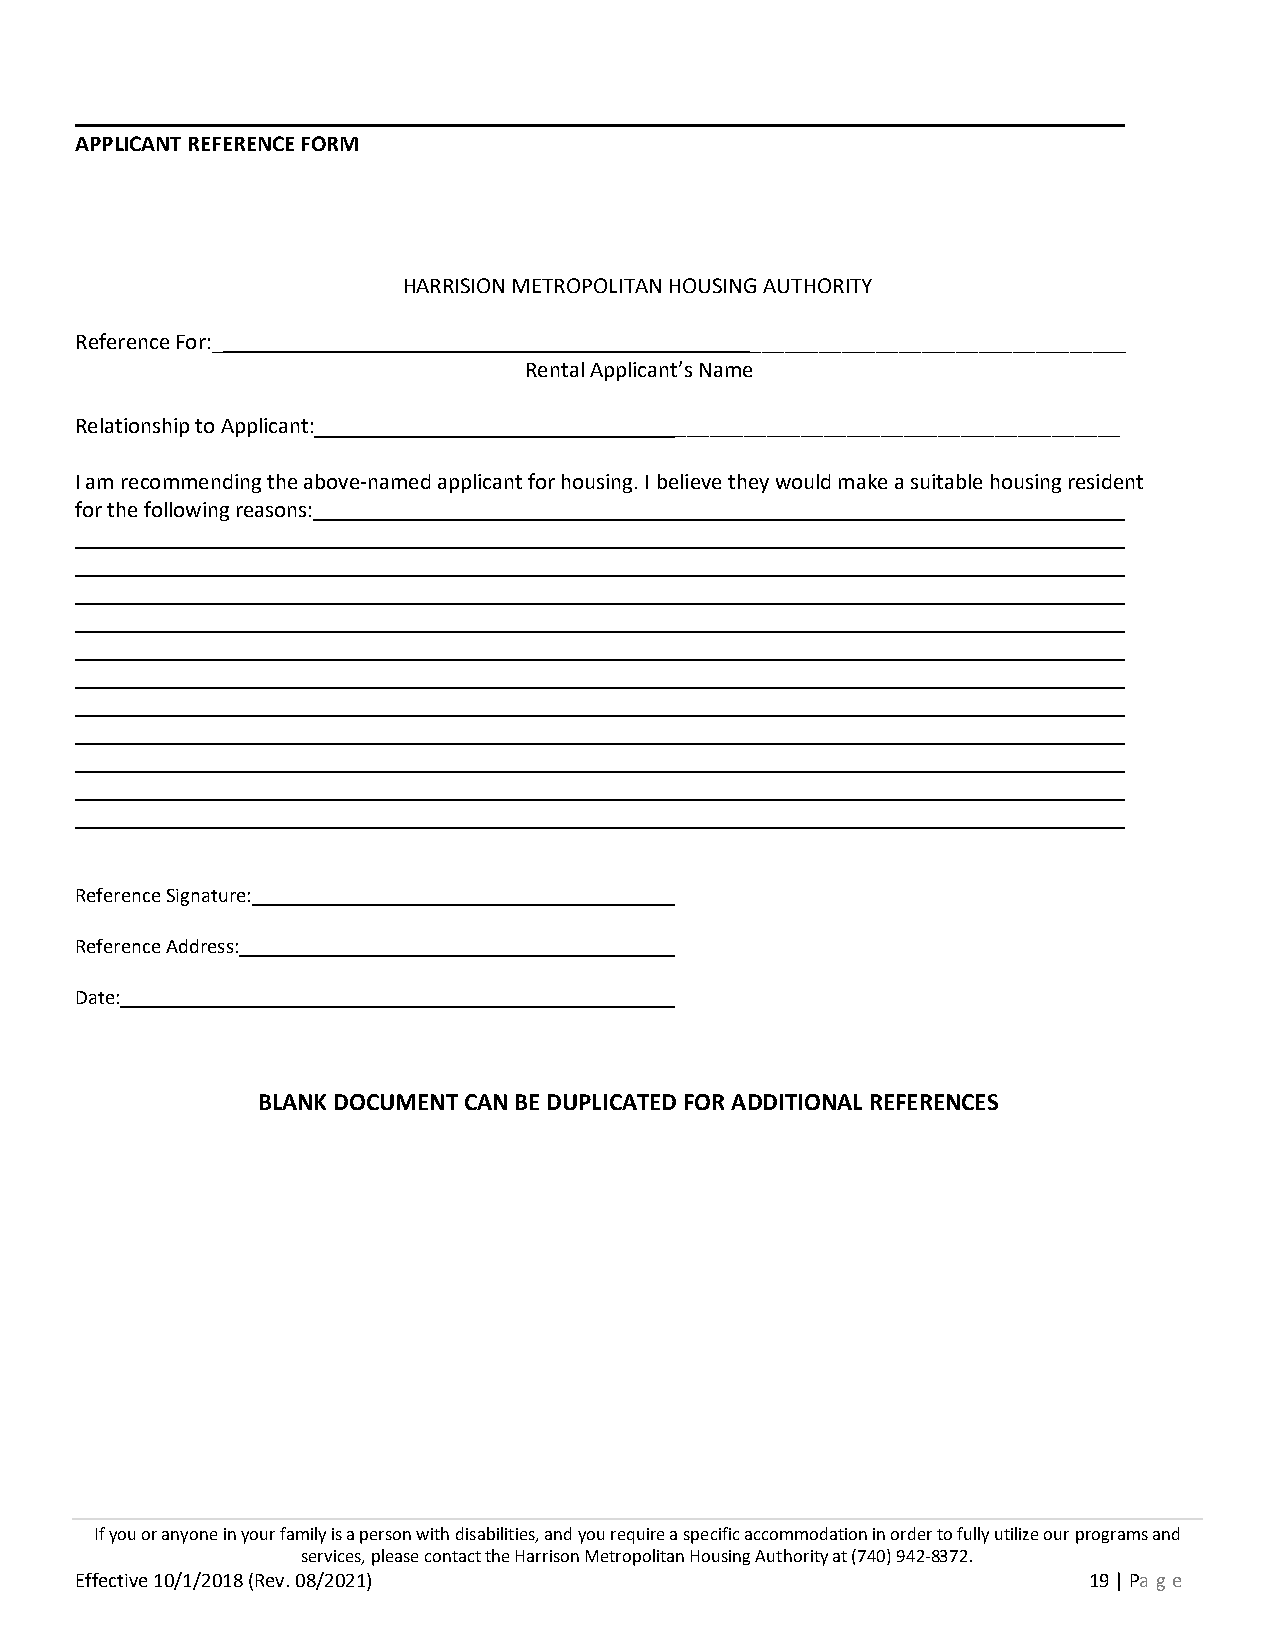
APPLICANT REFERENCE FORM
 HARRISION METROPOLITAN HOUSING AUTHORITY
 Reference For:_                              _________________________________
 Rental Applicant’s Name
 Relationship to Applicant:              _______________________________________
 I am recommending the above-named applicant for housing. I believe they would make a suitable housing resident
 for the following reasons:
 Reference Signature:
 Reference Address:
 Date:
 BLANK DOCUMENT CAN BE DUPLICATED FOR ADDITIONAL REFERENCES
 If you or anyone in your family is a person with disabilities, and you require a specific accommodation in order to fully utilize our programs and
 services, please contact the Harrison Metropolitan Housing Authority at (740) 942-8372.
 Effective 10/1/2018 (Rev. 08/2021)                                 19 | Pa ge